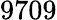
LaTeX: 9709